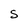
Character: S